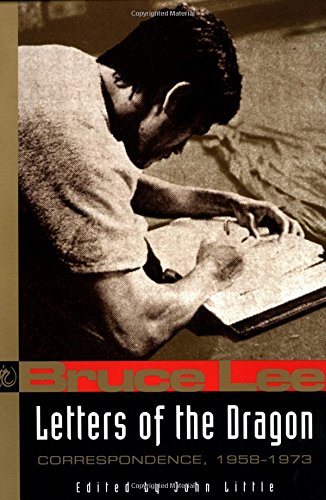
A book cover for Bruce Lee: Letters of the Dragon: An Anthology of Bruce Lee's Correspondence with Family, Friends, and Fans 1958-1973 (Bruce Lee Library); Bruce Lee; Biographies & Memoirs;